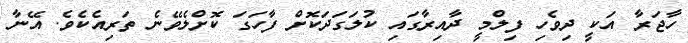
ހާޖަރާ އަކީ ދިވެހި ފިލްމީ ދާއިރާގައި ކުލަގަދަކޮށް ފާހަގަ ކޮށްލެވޭނެ ތަރިއެކެވެ. އޭނާ